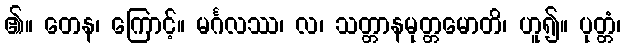
၏။ တေန၊ ကြောင့်။ မင်္ဂလဿ၊ လ၊ သတ္တာနမုတ္တမောတိ၊ ဟူ၍။ ပုတ္တံ၊